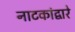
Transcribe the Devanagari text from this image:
नाटकांद्वारे